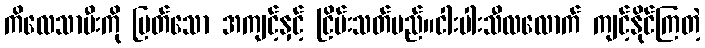
ကိလေသာမီးကို မြတ်သော အကျင့်နှင့် ငြိမ်းသတ်မည်။ငါးပါးသီလလောက် ကျင့်နိုင်ကြတဲ့